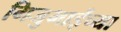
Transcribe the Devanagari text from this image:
गिजुभाईंच्या